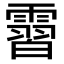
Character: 霫